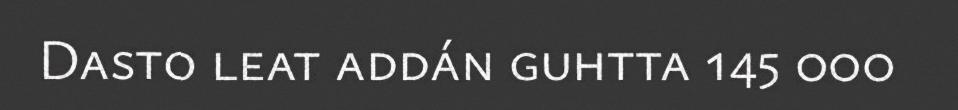
Dasto leat addán guhtta 145 000